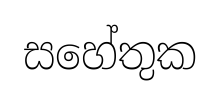
සහේතුක